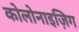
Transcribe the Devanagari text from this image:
कोलोनाइज़िग